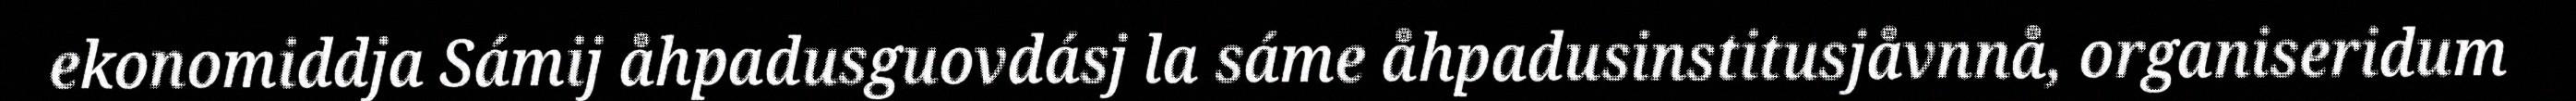
ekonomiddja Sámij åhpadusguovdásj la sáme åhpadusinstitusjåvnnå, organiseridum